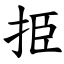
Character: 挋